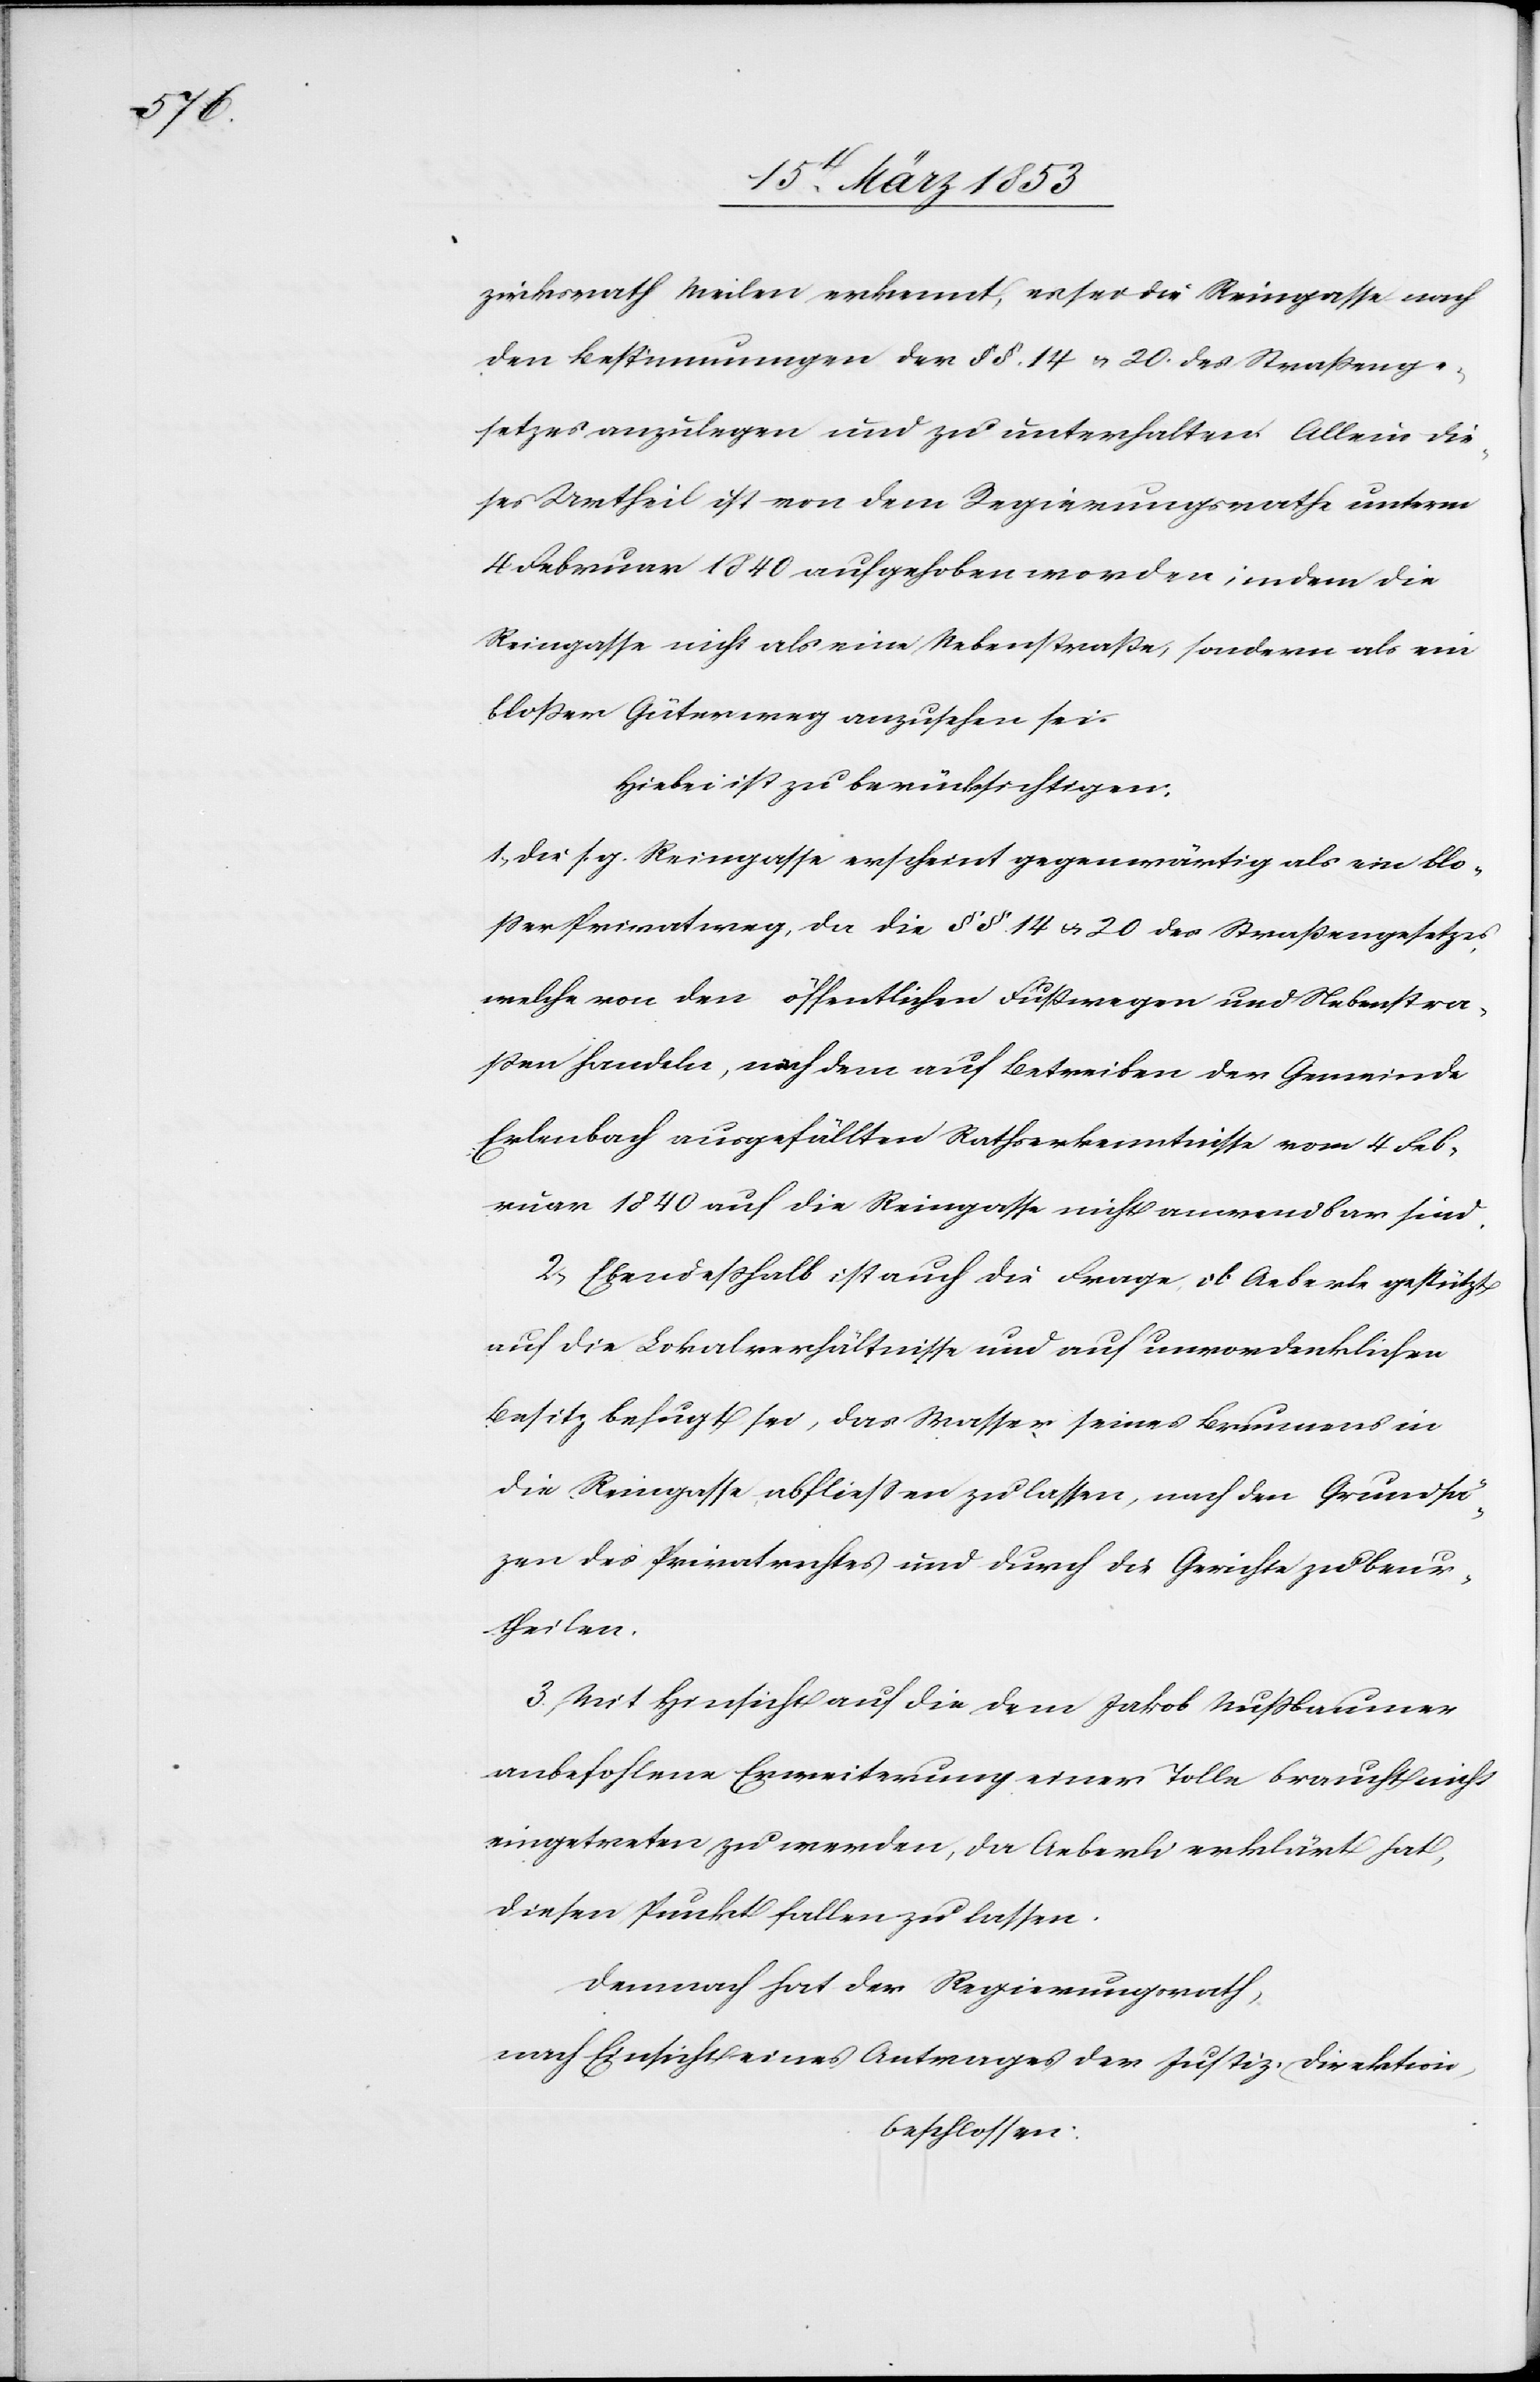
zirksrath Meilen erkennt, es sei die Reingasse nach
den Bestimmungen der §§ 14 u. 20 des Straßenge¬
setzes anzulegen und zu unterhalten. Allein die¬
ses Urtheil ist von dem Regierungsrathe unterm
4 Februar 1840 aufgehoben worden; indem die
Reingasse nicht als eine Nebenstraße, sondern als ein
bloßer Güterweg anzusehen sei.
Hiebei ist zu berücksichtigen.
1, die s. g. Reingasse erscheint gegenwärtig als ein blo¬
ßer Privatweg, da die §§ 14 u. 20 des Straßengesetzes,
welche von den öffentlichen Fußwegen und Nebenstra¬
ßen handeln, nach dem auf Betreiben der Gemeinde
Erlenbach ausgefällten Rathserkenntnisse vom 4 Feb¬
ruar 1840 auf die Reingasse nicht anwendbar sind.
2, Eben deßhalb ist auch die Frage ob Aeberle gestützt
auf die Lokalverhältnisse und auf unvordenklichen
Besitz befugt sei, das Wasser seines Brunnens in
die Reingasse abfließen zu lassen, nach den Grundsät¬
zen des Privatrechtes und durch die Gerichte zu beur¬
theilen.
3, Mit Hinsicht auf die dem Jakob Nußbaumer
anbefohlene Erweiterung einer Tolle braucht nicht
eingetreten zu werden, da Aeberli erklärt hat,
diesen Punkt fallen zu lassen.
Demnach hat der Regierungsrath,
nach Einsicht eines Antrages der Justiz-Direktion,
beschlossen: